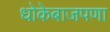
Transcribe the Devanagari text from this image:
धोकेबाजपणा